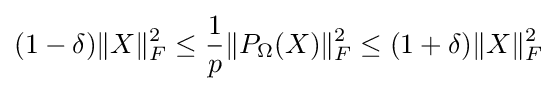
(1-\delta )\|X\|_{F}^{2}\leq {\frac {1}{p}}\|P_{\Omega }(X)\|_{F}^{2}\leq (1+\delta )\|X\|_{F}^{2}